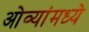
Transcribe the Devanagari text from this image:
ओव्यांमध्ये